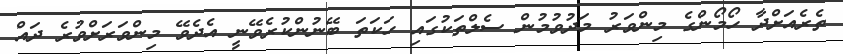
ތެރެއަށްދާ ހޯމޯންގެ މިންވަރު މަދުވުމުން ސެލްތަކުގައި ހަކަތަ ބޭނުންކުރެވޭނީ އެދެވޭ މިންވަރަށްވުރެ ދައް